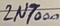
Text: 2N7000